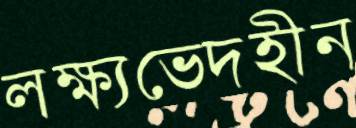
লক্ষ্যভেদহীন